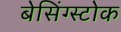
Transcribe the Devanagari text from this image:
बेसिंग्स्टोक